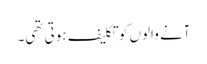
آنے والوں کو تکلیف ہوتی تھی۔